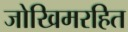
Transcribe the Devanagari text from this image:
जोखिमरहित